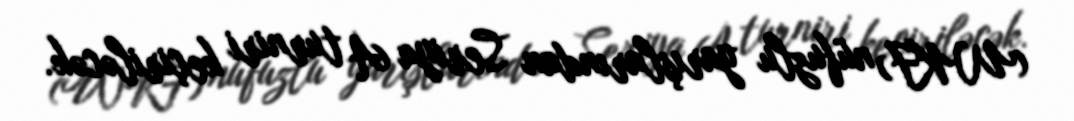
(WKF) nüfuzlu yarışlarından Seriya A turniri keçiriləcək.